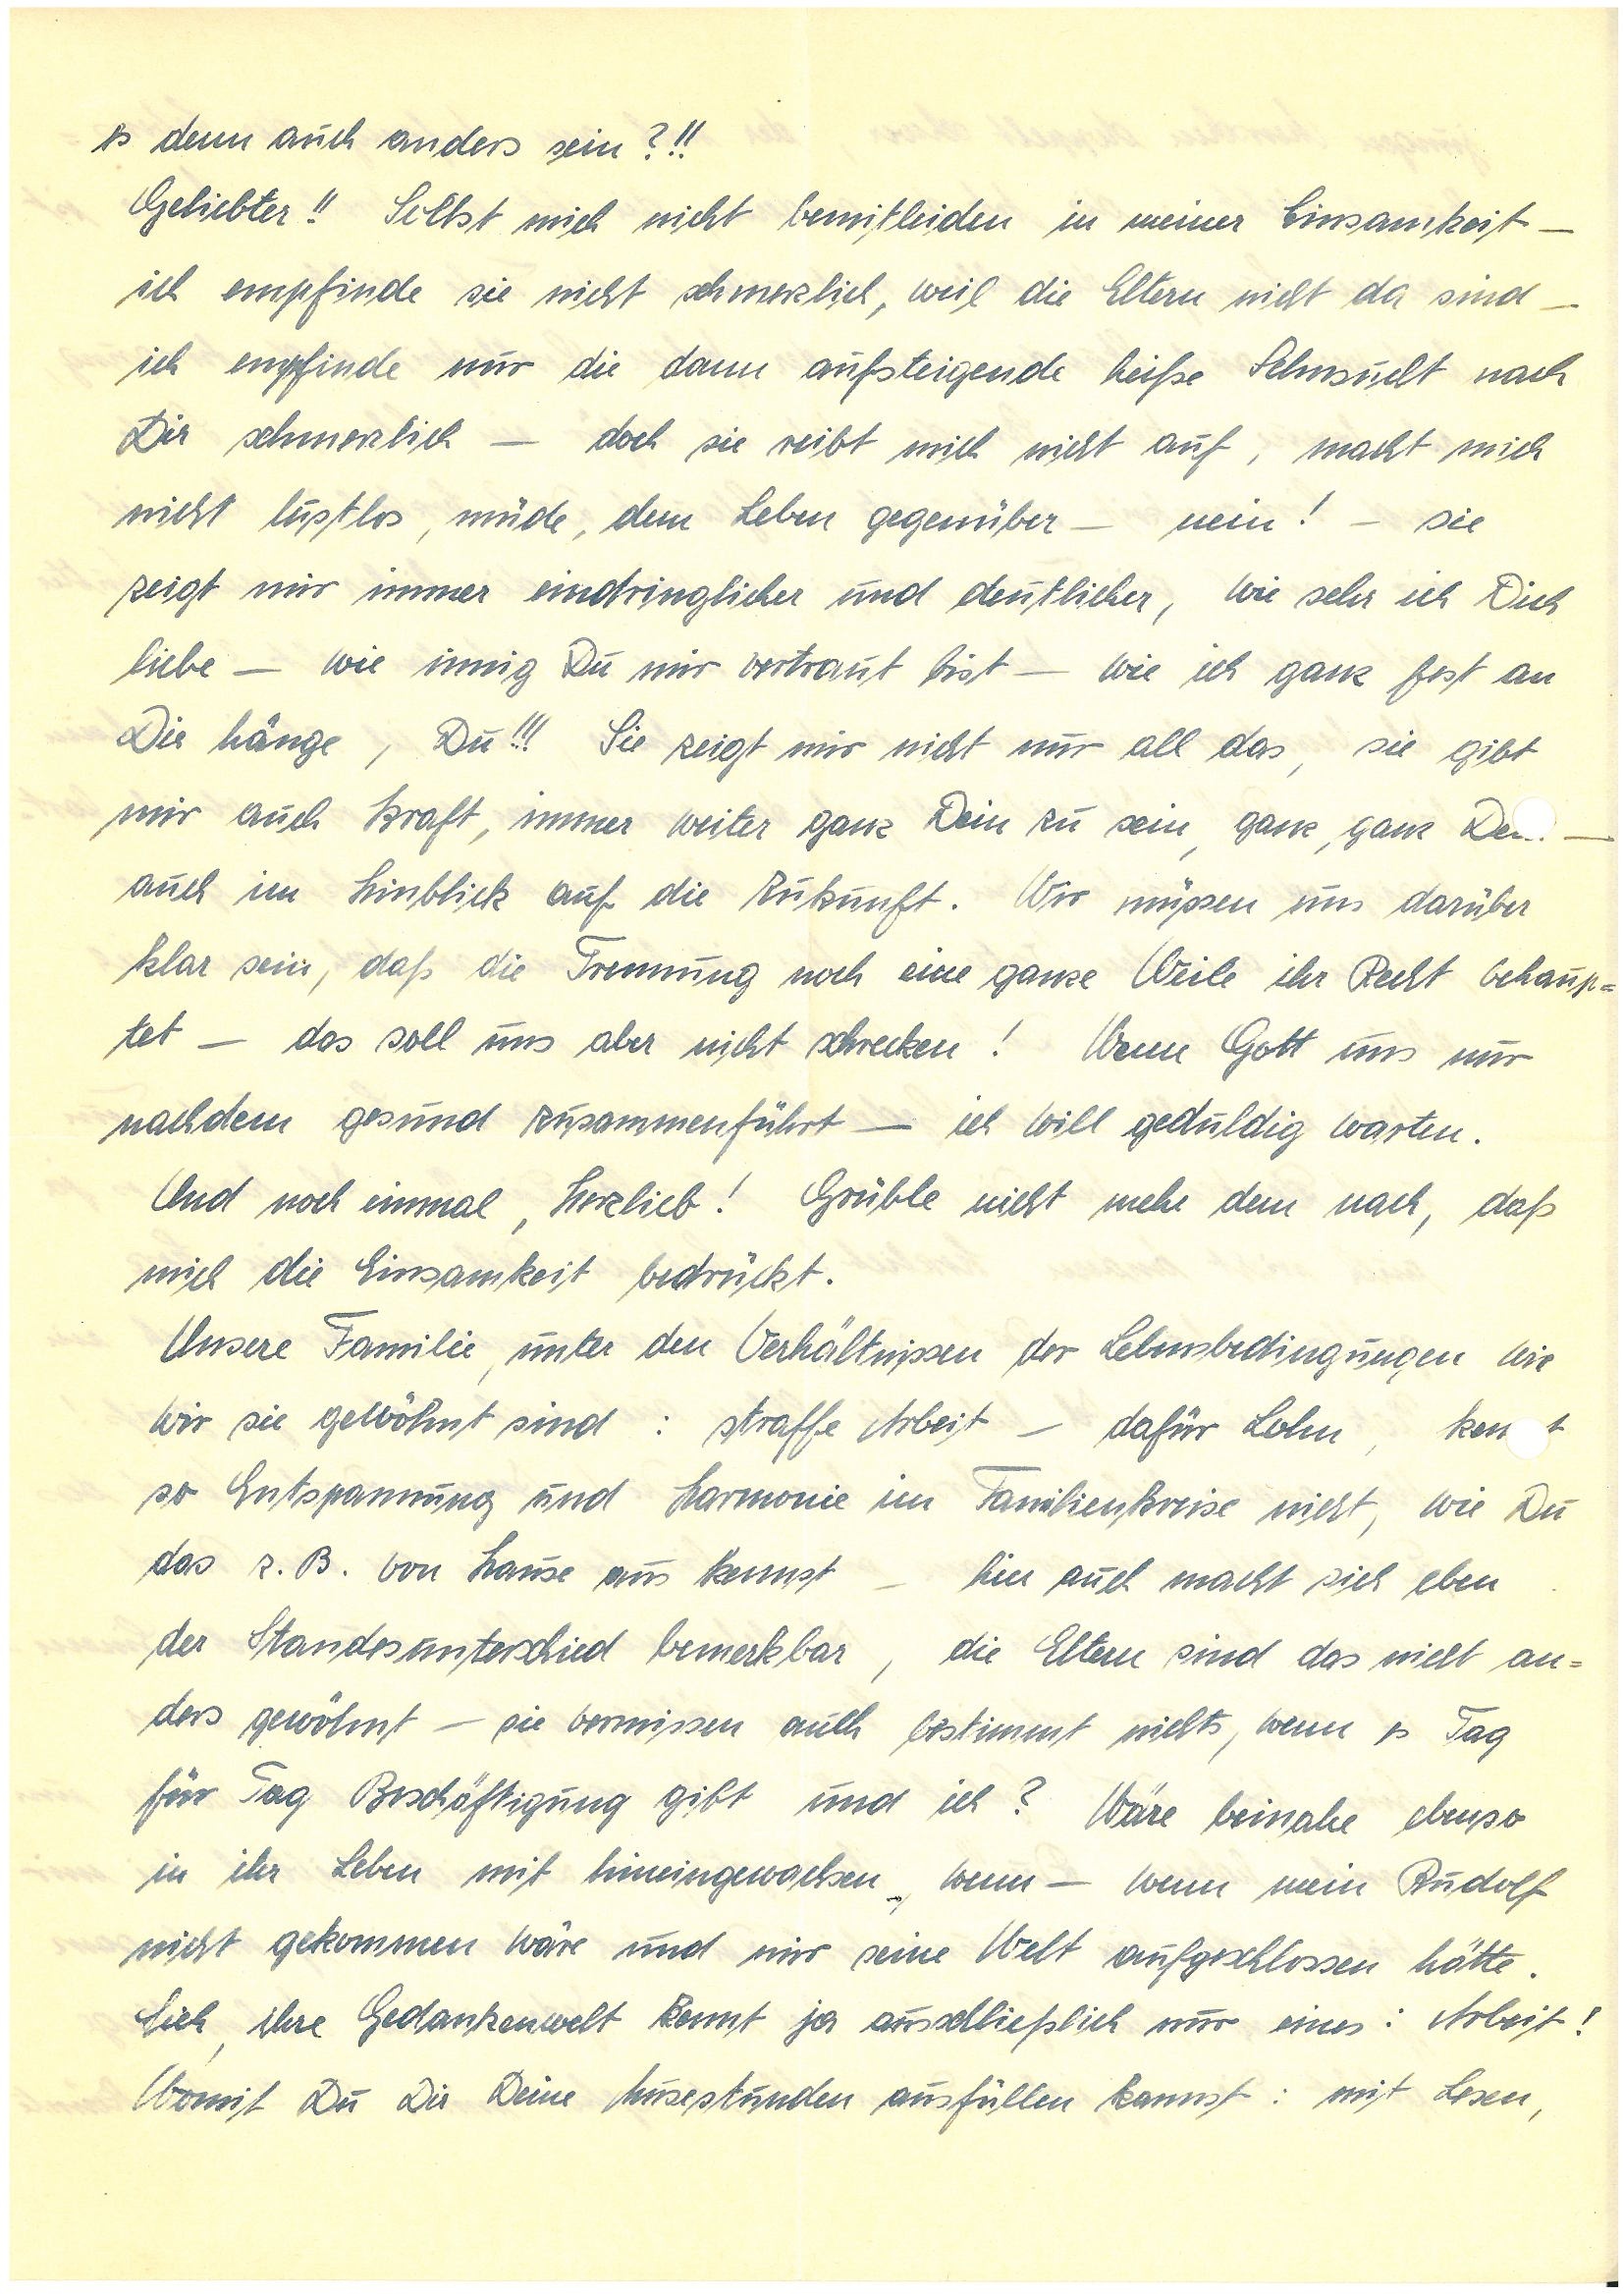
es denn auch anders sein?!!
Geliebter!! Sollst mich nicht bemitleiden in meiner Einsamkeit –
ich empfinde sie nicht schmerzlich, weil die Eltern nicht da sind –
ich empfinde nur die dann aufsteigende heiße Sehnsucht nach
Dir schmerzlich – doch sie reibt mich nicht auf, macht mich
nicht lustlos, müde, dem Leben gegenüber – nein! – sie
zeigt mir immer eindringlicher und deutlicher, wie sehr ich Dich
liebe – wie innig Du mir vertraut bist – wie ich ganz fest an
Dir hänge, Du!!! Sie zeigt mir nicht nur all das, sie gibt
mir auch Kraft, immer weiter ganz Dein zu sein, ganz, ganz D –
auch im Hinblick auf die Zukunft. Wir müssen uns darüber
klar sein, daß die Trennung noch eine ganze Weile ihr Recht behaup¬
tet – das soll uns aber nicht schrecken! Wenn Gott uns nur
nachdem gesund zusammenführt – ich will geduldig warten.
Und noch einmal, Herzlieb! Grüble nicht mehr dem nach, daß
mich die Einsamkeit bedrückt.
Unsere Familie, unter dem Verhältnis der Lebensbedingungen wie
wir sie gewöhnt sind: straffe Arbeit – dafür Lohn, kent
so Entspannung und Harmonie im Familienkreise nicht, wie Du
das z.B. von Hause aus kennst – hier auch macht sich eben
der Standesunterschied bemerkbar, die Eltern sind das nicht an¬
ders gewöhnt, – sie vermissen auch bestimmt nichts, wenn es Tag
für Tag Beschäftigung gibt und ich? Wäre beinahe ebenso
in ihr Leben mit hineingewachsen, wenn – wenn mein
nicht gekommen wäre und mir seine Welt aufgeschlossen hätte.
Sieh, ihre Gedankenwelt kennt ja ausschließlich nur eines: Arbeit!
Womit Du Dir Deine Musestunden ausfüllen kannst: mit Lesen,